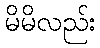
မိမိလည်း